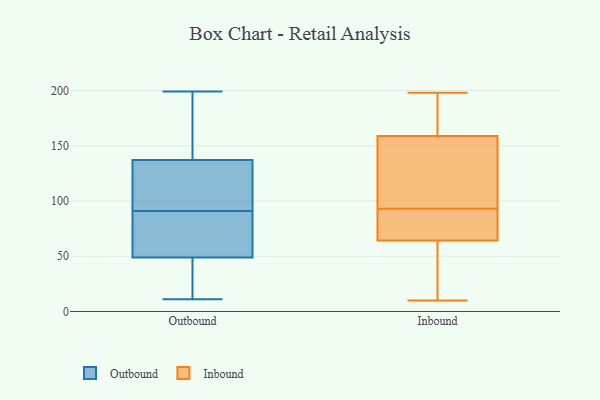
{"axis": {"x": "Latency (ms)", "y": "Value"}, "legend": ["Inbound", "Outbound"], "data": [{"x": "", "y": 19, "type": "Outbound"}, {"x": "", "y": 120, "type": "Outbound"}, {"x": "", "y": 139, "type": "Outbound"}, {"x": "", "y": 127, "type": "Outbound"}, {"x": "", "y": 131, "type": "Outbound"}, {"x": "", "y": 11, "type": "Outbound"}, {"x": "", "y": 11, "type": "Outbound"}, {"x": "", "y": 78, "type": "Outbound"}, {"x": "", "y": 41, "type": "Outbound"}, {"x": "", "y": 91, "type": "Outbound"}, {"x": "", "y": 69, "type": "Outbound"}, {"x": "", "y": 196, "type": "Outbound"}, {"x": "", "y": 199, "type": "Outbound"}, {"x": "", "y": 80, "type": "Outbound"}, {"x": "", "y": 182, "type": "Outbound"}, {"x": "", "y": 42, "type": "Outbound"}, {"x": "", "y": 76, "type": "Outbound"}, {"x": "", "y": 108, "type": "Outbound"}, {"x": "", "y": 175, "type": "Outbound"}, {"x": "", "y": 65, "type": "Inbound"}, {"x": "", "y": 113, "type": "Inbound"}, {"x": "", "y": 60, "type": "Inbound"}, {"x": "", "y": 84, "type": "Inbound"}, {"x": "", "y": 93, "type": "Inbound"}, {"x": "", "y": 164, "type": "Inbound"}, {"x": "", "y": 16, "type": "Inbound"}, {"x": "", "y": 197, "type": "Inbound"}, {"x": "", "y": 143, "type": "Inbound"}, {"x": "", "y": 133, "type": "Inbound"}, {"x": "", "y": 198, "type": "Inbound"}, {"x": "", "y": 32, "type": "Inbound"}, {"x": "", "y": 70, "type": "Inbound"}, {"x": "", "y": 10, "type": "Inbound"}, {"x": "", "y": 170, "type": "Inbound"}, {"x": "", "y": 75, "type": "Inbound"}, {"x": "", "y": 181, "type": "Inbound"}, {"x": "", "y": 141, "type": "Inbound"}, {"x": "", "y": 64, "type": "Inbound"}]}